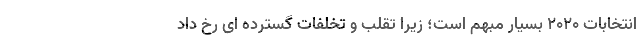
انتخابات ۲۰۲۰ بسیار مبهم است؛ زیرا تقلب و تخلفات گسترده ای رخ داد